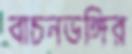
বাচনভঙ্গির